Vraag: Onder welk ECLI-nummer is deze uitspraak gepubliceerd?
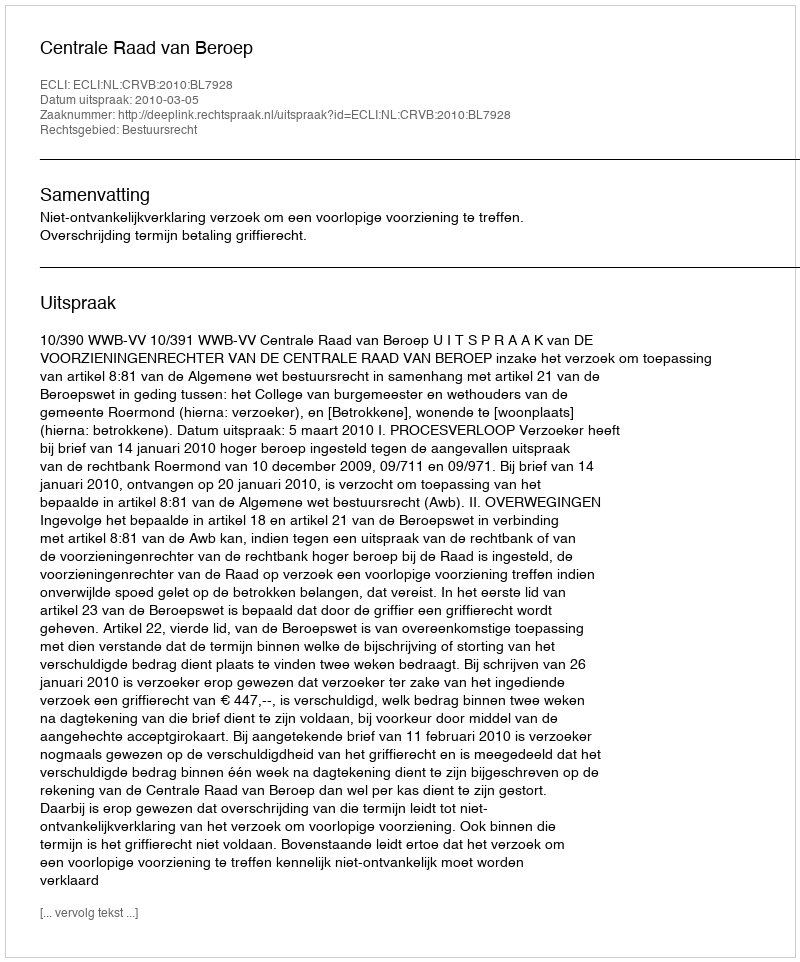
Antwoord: ECLI:NL:CRVB:2010:BL7928